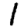
Digit: 1